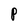
Character: P